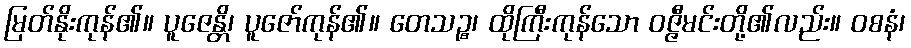
မြတ်နိုးကုန်၏။ ပူဇေန္တိ၊ ပူဇော်ကုန်၏။ တေသဉ္စ၊ ထိုကြီးကုန်သော ဝဇ္ဇီမင်းတို့၏လည်း။ ဝစနံ၊